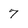
Character: 7